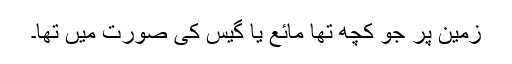
زمین پر جو کچھ تھا مائع یا گیس کی صورت میں تھا۔